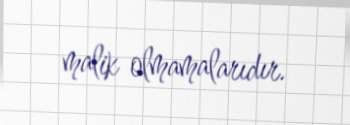
malik olmamalarıdır.